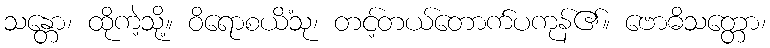
သန္တော၊ ထိုကဲ့သို့။ ဝိရောစယိံသု၊ တင့်တယ်တောက်ပကုန်၏။ ဗောဓိသတ္တော၊